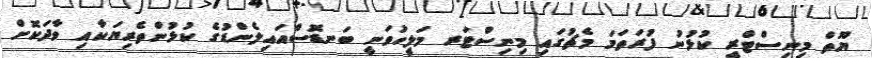
ޔޫތް މިނިސްޓްރީ ކުޅުނު ފުރަތަމަ މެޗުގައި މިނިސްޓަރ މަލީހުވަނީ ބަނޑޮސްއައިލެންޑުގެ ކުޅުންތެރިޔަކާއި ވާދަކޮށް